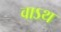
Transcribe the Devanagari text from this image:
वाऽथ